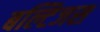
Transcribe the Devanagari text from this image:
बल्टिजस